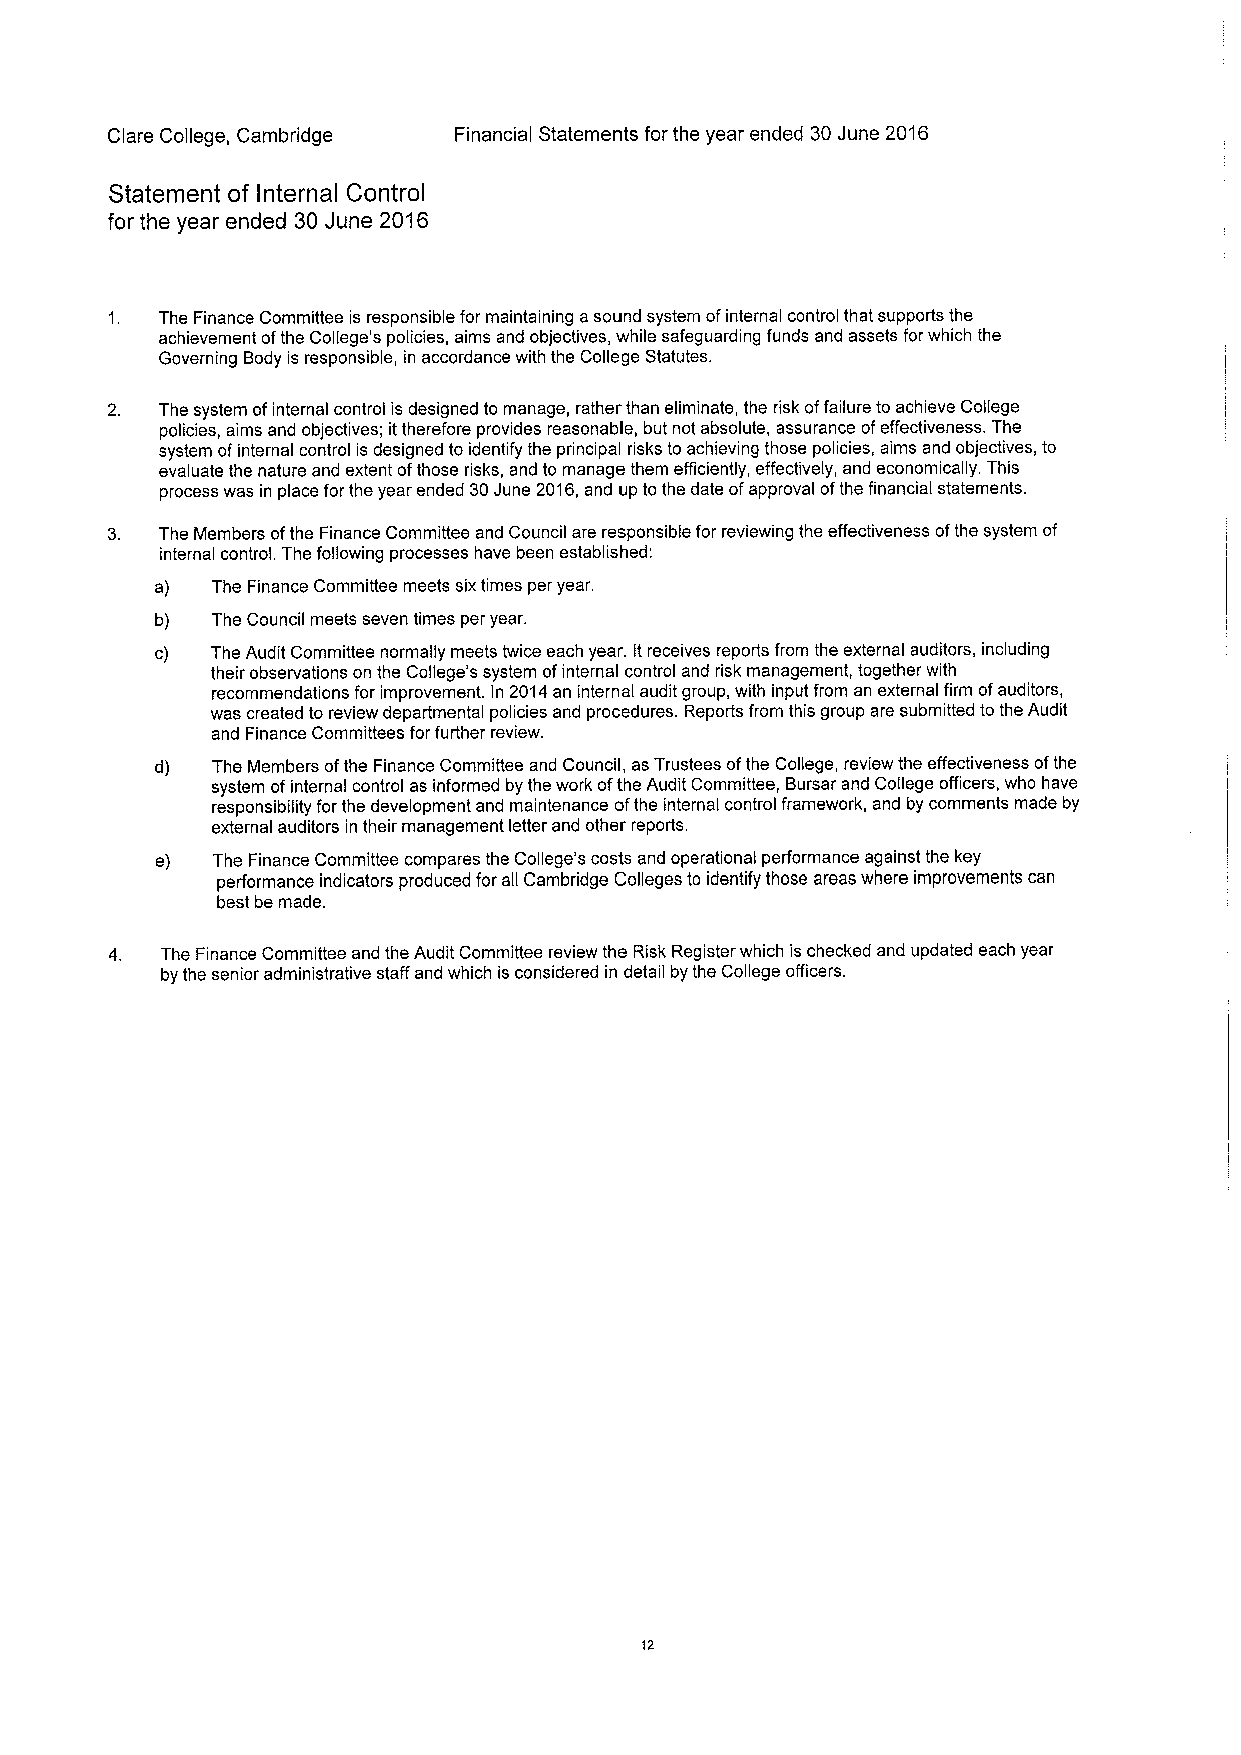
Clare College, Cambridge Financial Statements for the year ended 30June 2016
 Statement of Internal Control
 for the year ended 30 June 2016
 1. The Finance Committee is responsible for maintaining asound system ofinternal control that supports the
 achievement ofthe College's policies, aims and objectives, while safeguarding funds and assets for which the
 Governing Body is responsible, in accordance with the College Statutes.
 2. The system ofinternal control is designed to manage, rather than eliminate, the risk offailure to achieve College
 policies, aims and objectives; ittherefore provides reasonable, but not absolute, assurance ofeffectiveness. The
 system ofinternal control is designed to identify the principal risks to achieving those policies, aims and objectives, to
 evaluate the nature and extent ofthose risks, and to manage them efficiently, effectively, and economically. This
 process was in place for the year ended 30June 2016,and up to the date ofapproval ofthe financial statements.
 The Members ofthe Finance Committee and Council are responsible for reviewing the effectiveness ofthe system of
 internal control. The following processes have been established:
 a)  The Finance Committee meets sixtimes per year.
 b)  The Council meets seven times per year.
 c)  The Audit Committee normally meets twice each year. Itreceives reports from the external auditors, including
 their observations on the College's system ofinternal control and risk management, together with
 recommendations for improvement. In 2014an internal audit group, with input from an external firm ofauditors,
 was created to review departmental policies and procedures. Reports from this group are submitted to the Audit
 and Finance Committees for further review.
 d)  The Members ofthe Finance Committee and Council, as Trustees ofthe College, review the effectiveness ofthe
 system ofinternal control as informed by the work ofthe Audit Committee, Bursar and College officers, who have
 responsibility for the development and maintenance ofthe internal control framework, and by comments made by
 external auditors in their management letter and other reports.
 e)  The Finance Committee compares the College's costs and operational performance against the key
 performance indicators produced for all Cambridge Colleges to identify those areas where improvements can
 best be made.
 4.  The Finance Committee and the Audit Committee review the Risk Register which is checked and updated each year
 by the senior administrative staff and which is considered in detail by the College officers.